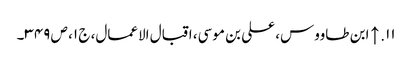
۱۱. ↑ ابن طاووس، علی بن موسی، اقبال الاعمال، ج ۱، ص ۳۴۹۔